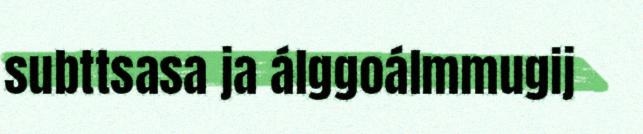
subttsasa ja álggoálmmugij